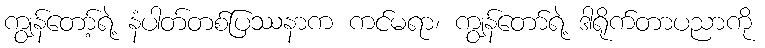
ကျွန်တော့်ရဲ့ နံပါတ်တစ်ပြဿနာက ကင်မရာ၊ ကျွန်တော်ရဲ့ ဒါရိုက်တာပညာကို